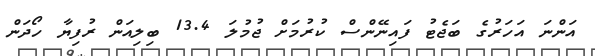
އަންނަ އަހަރުގެ ބަޖެޓު ފައިނޭންސް ކުރުމަށް ޖުމުލަ 13.4 ބިލިއަން ރުފިޔާ ހޯދަން